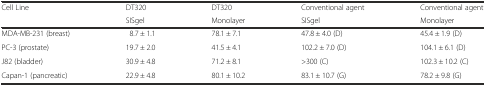
<table><thead><tr><td><b>Cell Line</b></td><td><b>DT320</b></td><td><b>DT320</b></td><td><b>Conventional agent</b></td><td><b>Conventional agent</b></td></tr><tr><td></td><td><b>SISgel</b></td><td><b>Monolayer</b></td><td><b>SISgel</b></td><td><b>Monolayer</b></td></tr></thead><tbody><tr><td>MDA-MB-231 (breast)</td><td>8.7 ± 1.1</td><td>78.1 ± 7.1</td><td>47.8 ± 4.0 (D)</td><td>45.4 ± 1.9 (D)</td></tr><tr><td>PC-3 (prostate)</td><td>19.7 ± 2.0</td><td>41.5 ± 4.1</td><td>102.2 ± 7.0 (D)</td><td>104.1 ± 6.1 (D)</td></tr><tr><td>J82 (bladder)</td><td>30.9 ± 4.8</td><td>71.2 ± 8.1</td><td>&gt;300 (C)</td><td>102.3 ± 10.2 (C)</td></tr><tr><td>Capan-1 (pancreatic)</td><td>22.9 ± 4.8</td><td>80.1 ± 10.2</td><td>83.1 ± 10.7 (G)</td><td>78.2 ± 9.8 (G)</td></tr></tbody></table>